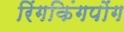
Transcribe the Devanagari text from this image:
रिंगकिंगपोंग